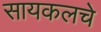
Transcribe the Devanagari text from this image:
सायकलचे